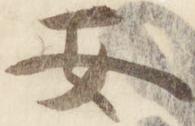
安